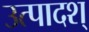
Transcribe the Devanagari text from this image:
उत्पादश्